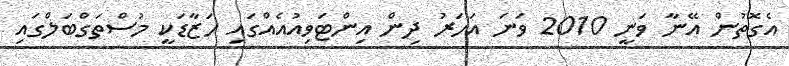
އެގޮތުން އޭނާ ވަނީ 2010 ވަނަ އަހަރު ދިން އިންޓަވިއުއެއްގައި ހަޒާޑަކީ މުސްތަގްބަލްގައި